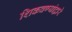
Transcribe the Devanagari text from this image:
शिकवण्यांद्वारे